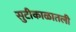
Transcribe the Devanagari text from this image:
सुटीकाळातली